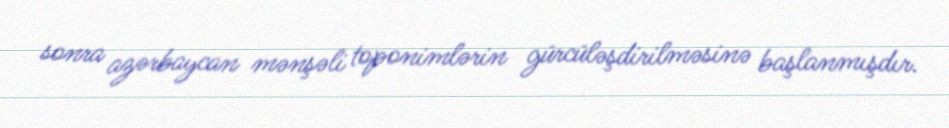
sonra azərbaycan mənşəli toponimlərin gürcüləşdirilməsinə başlanmışdır.